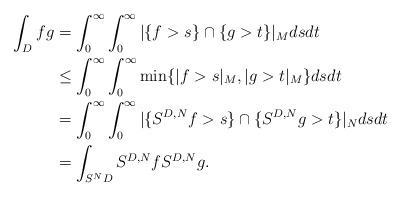
\begin{align*}\int_D fg&= \int_0^\infty \int_0^\infty |\{ f > s\} \cap \{ g > t\}|_M ds dt \\&\leq \int_0^\infty \int_0^\infty \min\{ |f > s|_M, |g > t|_M \} ds dt \\&= \int_0^\infty \int_0^\infty |\{S^{D,N} f > s\} \cap \{ S^{D,N} g > t\}|_N ds dt \\&= \int_{S^N D} S^{D,N} f S^{D,N} g .\end{align*}